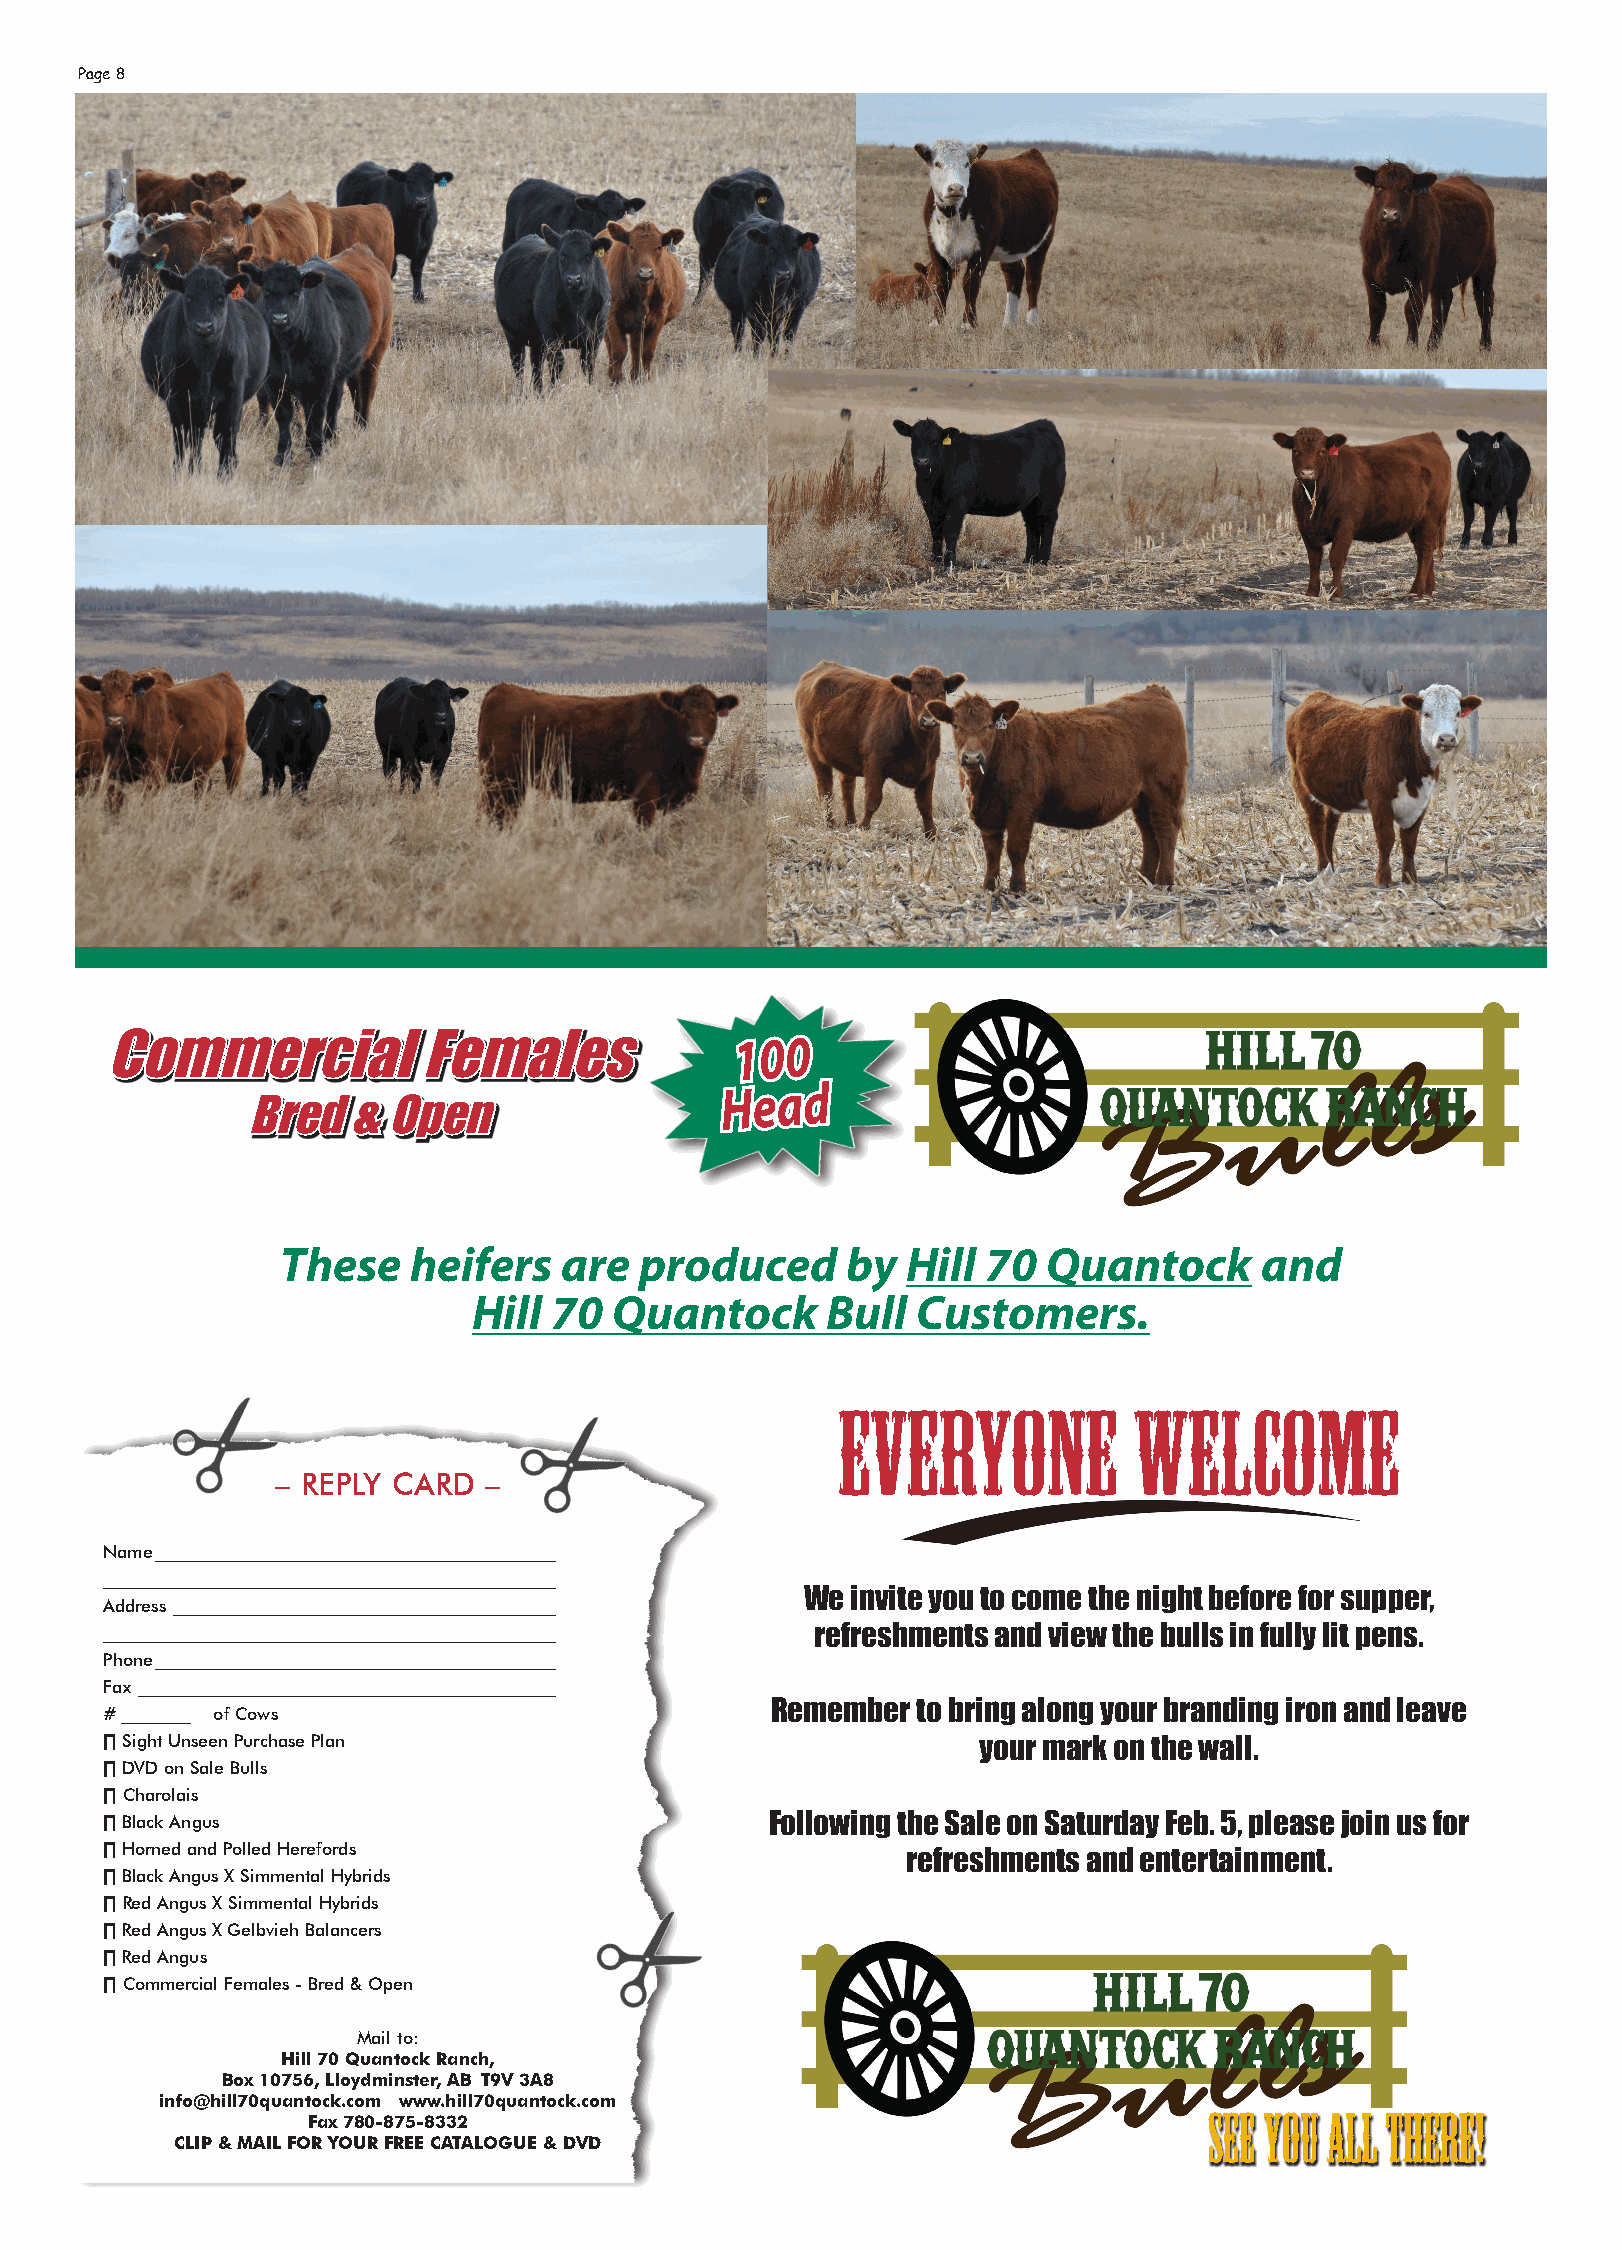
Page 8
 Commercial           Females              100
 Head
 Bred   & Open
 These   heifers   are  produced      by  Hill 70  Quantock      and
 Hill  70  Quantock      Bull  Customers.
 Everyone           welcome
 – REPLY CARD  –
 Name ______________________________________________
 ____________________________________________________
 We invite you to come the night before for supper,
 Address ____________________________________________
 ____________________________________________________ refreshments and view the bulls in fully lit pens.
 Phone ______________________________________________
 Fax ________________________________________________
 # ________ of Cows                          Remember  to bring along your branding iron and leave
 ∏ Sight Unseen Purchase Plan                              your mark on the wall.
 ∏ DVD on Sale Bulls
 ∏ Charolais
 ∏ Black Angus                               Following the Sale on Saturday Feb. 5, please join us for
 ∏ Horned and Polled Herefords
 refreshments and entertainment.
 ∏ Black Angus X Simmental Hybrids
 ∏ Red Angus X Simmental Hybrids
 ∏ Red Angus X Gelbvieh Balancers
 ∏ Red Angus
 ∏ Commercial Females - Bred & Open
 Mail to:
 Hill 70 Quantock Ranch,
 Box 10756, Lloydminster, AB T9V 3A8
 info@hill70quantock.com www.hill70quantock.com
 Fax 780-875-8332                                            See you all there!
 CLIP & MAIL FOR YOUR FREE CATALOGUE & DVD